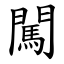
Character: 闖